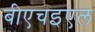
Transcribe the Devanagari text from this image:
बीएचइएल